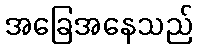
အခြေအနေသည်